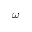
\omega